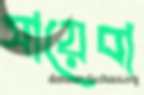
সায়েবা